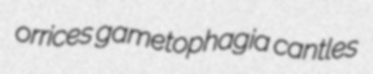
orrices gametophagia cantles